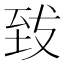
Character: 𮍠